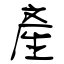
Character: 產